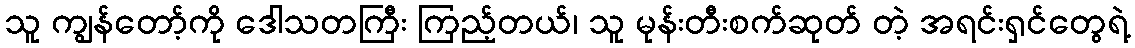
သူ ကျွန်တော့်ကို ဒေါသတကြီး ကြည့်တယ်၊ သူ မုန်းတီးစက်ဆုတ် တဲ့ အရင်းရှင်တွေရဲ့